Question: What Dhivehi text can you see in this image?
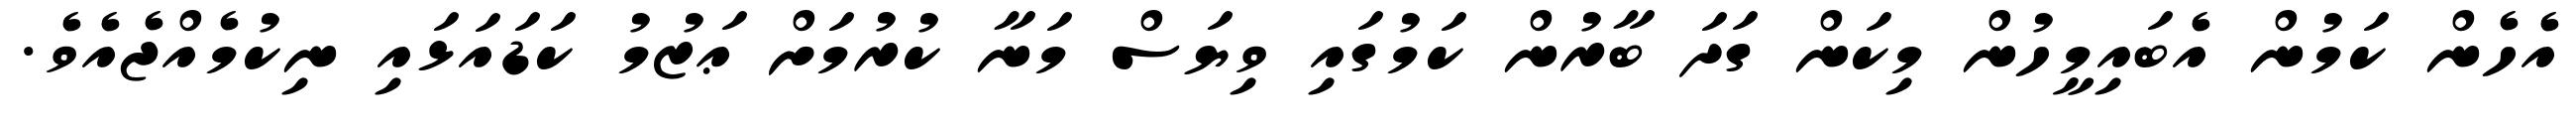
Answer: އެހެން ކަމުން އެބައިމީހުން މިކަން ގަދަ ބާރުން ކަމުގައި ވިޔަސް މަނާ ކުރުމަށް ޢަޒުމު ކަޑައަޅައި ނިކުމެއްޖެއެވެ.